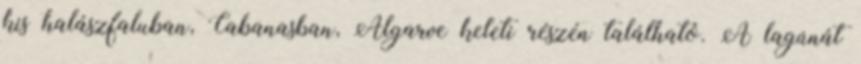
kis halászfaluban, Cabanasban, Algarve keleti részén található. A lagúnát